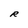
Character: R